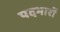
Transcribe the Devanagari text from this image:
पदभारों